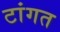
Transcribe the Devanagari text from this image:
टांगत